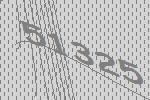
51325